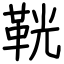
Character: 𩊠